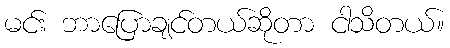
မင်း ဘာပြောချင်တယ်ဆိုတာ ငါသိတယ်။